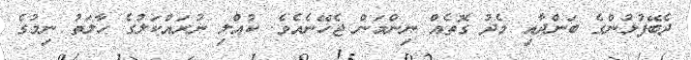
ދެބޭފުޅުންގެ ބަންދާއި މެދު ގޮތެއް ނިންމަން ޖެހޭނެއެވެ. ކުއްލި ނުރައްކަލުގެ ހާލަތު ނިމުގެ